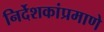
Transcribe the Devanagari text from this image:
निर्देशकांप्रमाणे